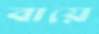
বায়ে